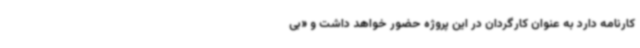
کارنامه دارد به عنوان کارگردان در این پروژه حضور خواهد داشت و «بی